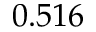
0 . 5 1 6